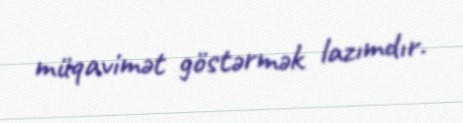
müqavimət göstərmək lazımdır.